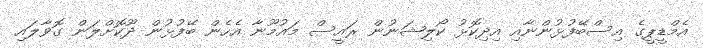
އެމްޑީޕީގެ އިސްބޭފުޅުންނާއި އިދިކޮޅު ކޯލިޝަނުން ރައީސް މައުމޫނާ އެހެން ބޭފުޅުން ދޫކޮށްލަން ގޮވާލައި